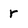
Character: r